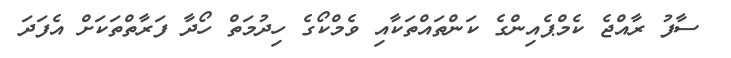
ސާފު ރާއްޖެ ކެމްޕެއިންގެ ކަންތައްތަކާއި ވެމްކޯގެ ހިދުމަތް ހޯދާ ފަރާތްތަކަށް އެފަދަ